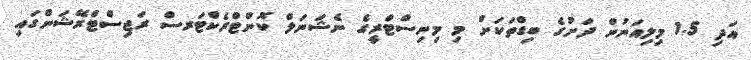
އަދި 1.5 މިލިއަނުން ދަށުގެ ބިޑްތަކަށް މި މިނިސްޓްރީގެ ނެޝަނަލް ކޮންޓްރެކްޓަރސް ރަޖިސްޓްރޭޝަންގައި